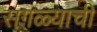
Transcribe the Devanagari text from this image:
सगळ्याची